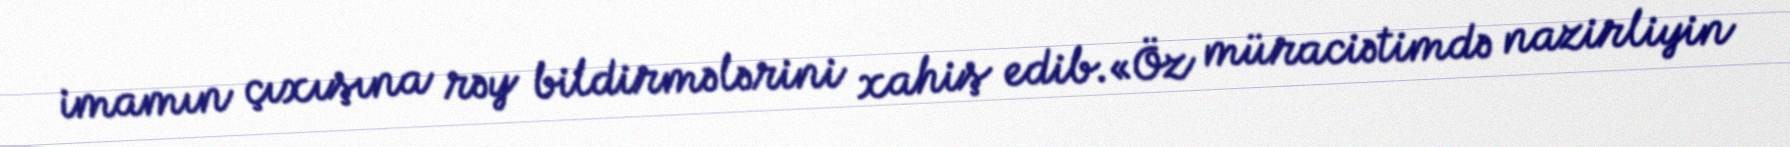
imamın çıxışına rəy bildirmələrini xahiş edib.«Öz müraciətimdə nazirliyin